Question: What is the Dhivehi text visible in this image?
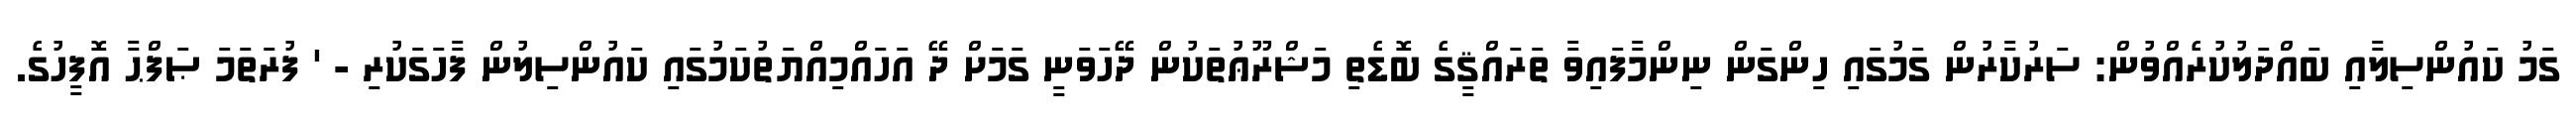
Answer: ގަމު ކައުންސިލާއި ބައްދަލުކުރެއްވުން: ސަރުކާރުން ގަމުގައި ހިންގަން ނިންމާފައިވާ ތަރައްޤީގެ ބޮޑެތި މަޝްރޫޢުތަކުން ދޭހަވަނީ ގަމަށް ދޭ އަހައްމިއްޔަތުކަމުގައި ކައުންސިލުން ފާހަގަކުރި - ' ފުރަތަމަ ޞަފްޙާ އޮފީހުގެ.